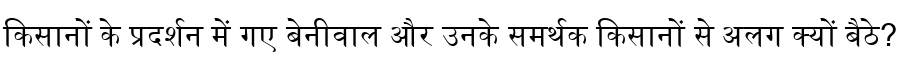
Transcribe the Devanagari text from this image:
किसानों के प्रदर्शन में गए बेनीवाल और उनके समर्थक किसानों से अलग क्यों बैठे?